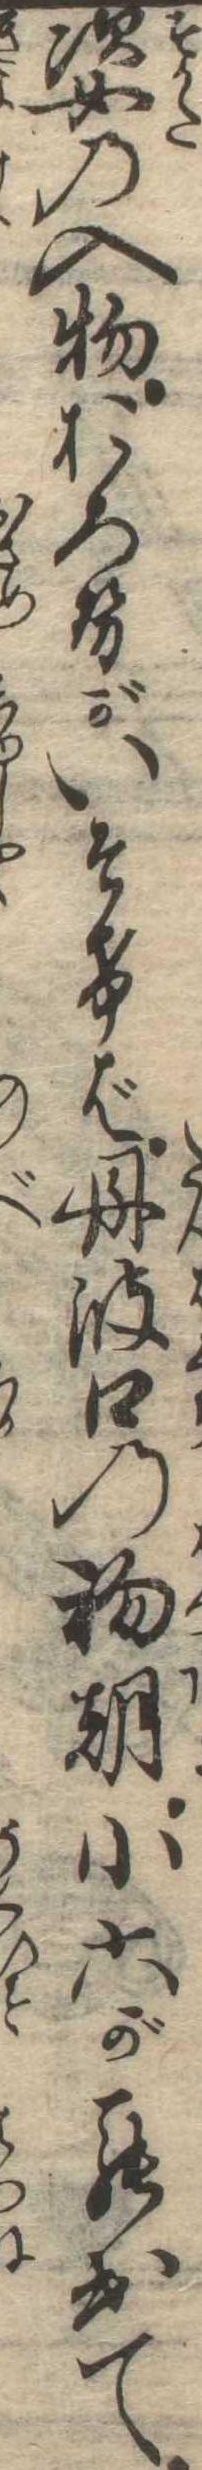
姿の入物おろせがいそけば丹波口の初朝小六が罷出て